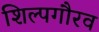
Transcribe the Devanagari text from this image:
शिल्पगौरव